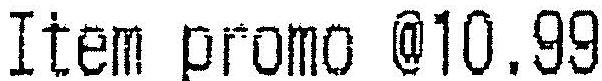
ITEM PROMO @10.99